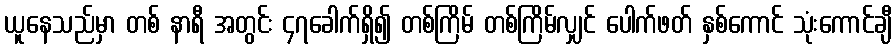
ယူနေသည်မှာ တစ် နာရီ အတွင်း ၄၇ခေါက်ရှိ၍ တစ်ကြိမ် တစ်ကြိမ်လျှင် ပေါက်ဖတ် နှစ်ကောင် သုံးကောင်ချီ